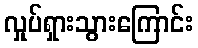
လှုပ်ရှားသွားကြောင်း